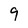
Character: 9